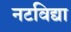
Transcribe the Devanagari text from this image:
नटविद्या